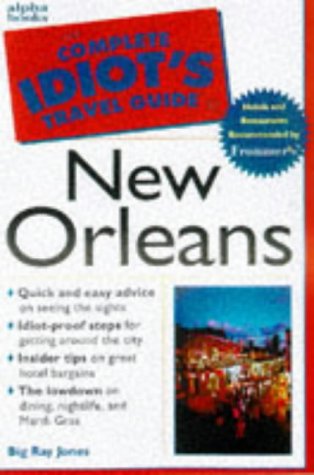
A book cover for CITG to New Orleans (The Complete Idiot's Guide); Jones; Travel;